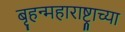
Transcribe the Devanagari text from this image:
बृहन्महाराष्ट्राच्या